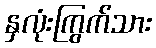
နှလုံးကြွက်သား